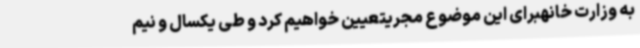
به وزارت خانهبرای این موضوع مجریتعیین خواهیم کرد و طی یکسال و نیم